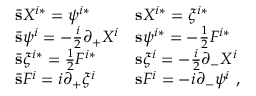
\begin{array} { l l } { { \bar { \bf s } X ^ { i * } = \psi ^ { i * } } } & { { { \bf s } X ^ { i * } = \xi ^ { i * } } } \\ { { \bar { \bf s } \psi ^ { i } = - \frac { i } { 2 } \partial _ { + } X ^ { i } } } & { { { \bf s } \psi ^ { i * } = - \frac { 1 } { 2 } F ^ { i * } } } \\ { { \bar { \bf s } \xi ^ { i * } = \frac { 1 } { 2 } F ^ { i * } } } & { { { \bf s } \xi ^ { i } = - \frac { i } { 2 } \partial _ { - } X ^ { i } } } \\ { { \bar { \bf s } F ^ { i } = i \partial _ { + } \xi ^ { i } } } & { { { \bf s } F ^ { i } = - i \partial _ { - } \psi ^ { i } \ , } } \end{array}